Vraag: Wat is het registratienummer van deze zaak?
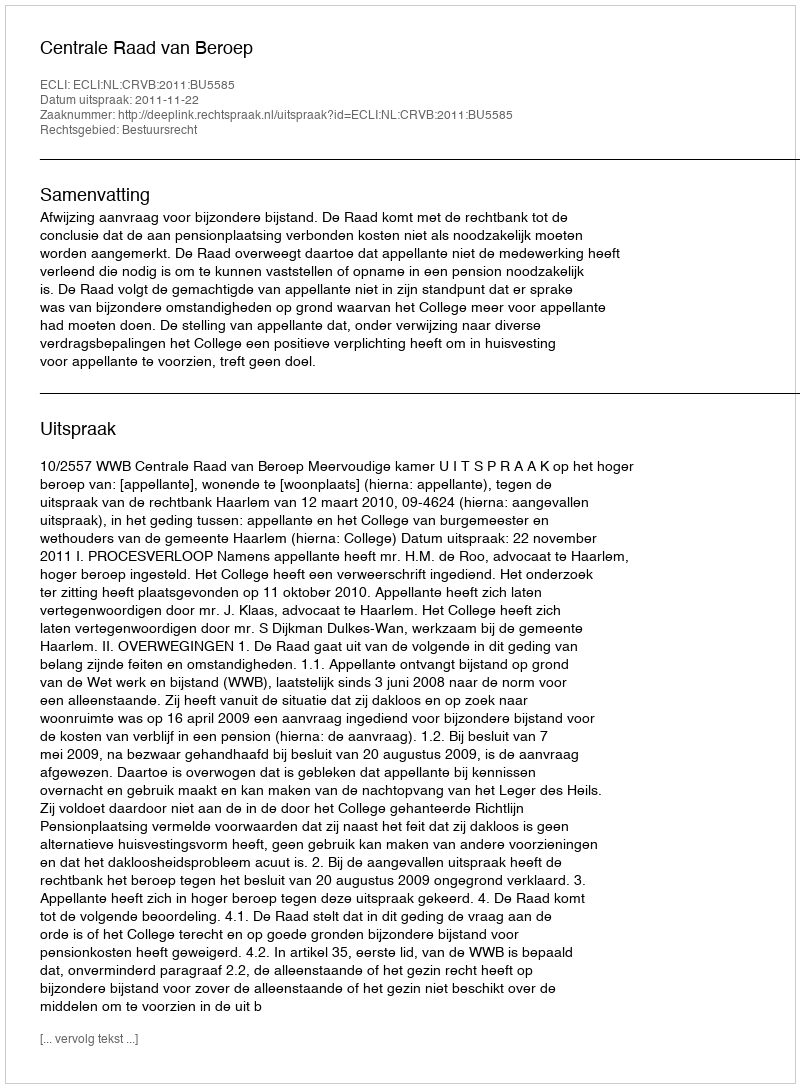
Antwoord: http://deeplink.rechtspraak.nl/uitspraak?id=ECLI:NL:CRVB:2011:BU5585